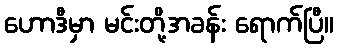
ဟောဒီမှာ မင်းတို့အခန်း ရောက်ပြီ။